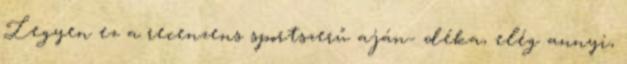
Legyen ez a recenzens sportszerű aján- déka, elég annyi,